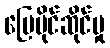
မြေပိုင်ဆိုင်မှု